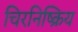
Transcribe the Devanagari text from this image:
चिरनिष्क्रिय